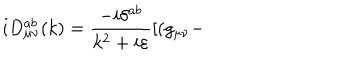
i D _ { \mu \nu } ^ { a b } ( k ) = \frac { - i \delta ^ { a b } } { k ^ { 2 } + i \varepsilon } [ ( g _ { \mu \nu } -